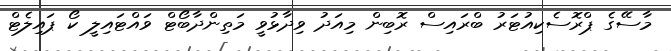
މާސޭގެ ޕްރޮސެކިއުޓަރު ބްރައިސް ރޮބިން މިއަދު ވިދާޅުވީ މަތިންދާބޯޓް ވައްޓައިލީ ކޯ ޕައިލެޓް